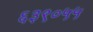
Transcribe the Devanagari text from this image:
६३९०५५